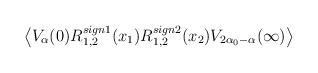
LaTeX: \begin{align*}\left\langle V_\alpha(0)R_{1,2}^{sign1}(x_1)R_{1,2}^{sign2}(x_2)V_{2\alpha _0-\alpha }(\infty )\right\rangle \end{align*}